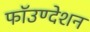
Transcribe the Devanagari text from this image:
फॉउण्देशन